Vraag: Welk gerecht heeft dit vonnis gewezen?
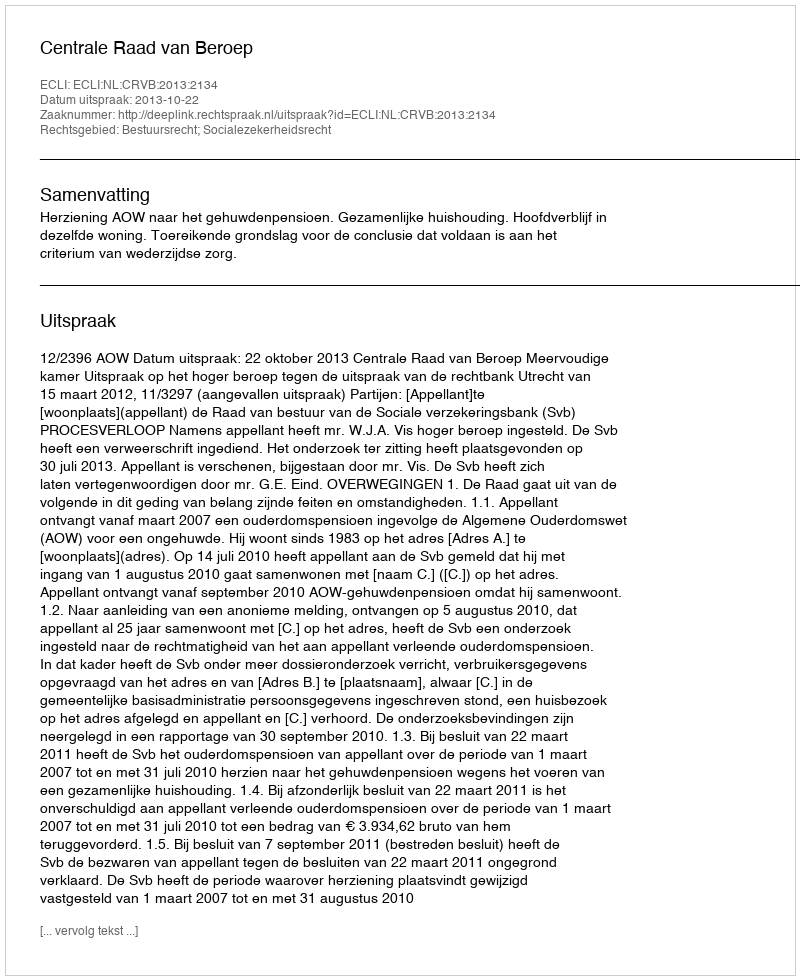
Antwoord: Centrale Raad van Beroep